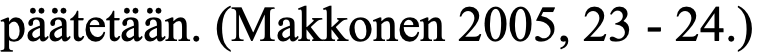
päätetään. (Makkonen 2005, 23 - 24.)